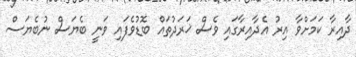
ދާއިރާ ކަމަށްވާ އިރު އެދާއިރާގައި ވެސް ޚަރަދުތައް ބޮޑުވެފައި ވަނީ ބެޔަސް ނުބެޔަސް